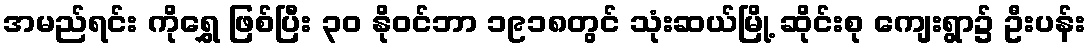
အမည်ရင်း ကိုရွှေ ဖြစ်ပြီး ၃၀ နိုဝင်ဘာ ၁၉၁၈တွင် သုံးဆယ်မြို့ ဆိုင်းစု ကျေးရွာ၌ ဦးပန်း